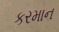
કરમાન